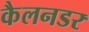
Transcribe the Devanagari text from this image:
कैलनडर